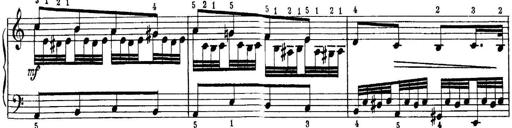
Title: Quatres sonatines
Composer: Tadeusz Joteyko